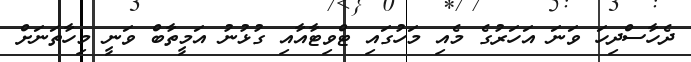
ދެހާސްދިހަ ވަނަ އަހަރުގެ މެއި މަހުގައި ޓްވިޓާއާއި ގުޅުނު އަމީތާބް ވަނީ މިހާތަނަށް